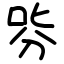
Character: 哛